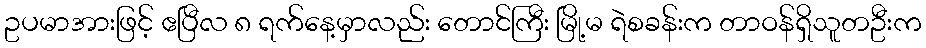
ဥပမာအားဖြင့် ဧပြီလ ၈ ရက်နေ့မှာလည်း တောင်ကြီး မြို့မ ရဲစခန်းက တာဝန်ရှိသူတဦးက